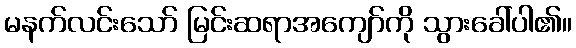
မနက်လင်းသော် မြင်းဆရာအကျော်ကို သွားခေါ်ပါ၏။